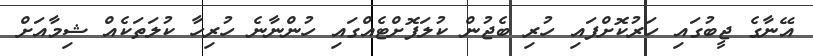
އޭނާގެ ޖީބުގައި ހަރުކޮށްފައި ހުރި ބެޖުން ކުލަފޮށްޓެއްގައި ހުންނާނެ ހުރިހާ ކުލަތަކެއް ޝިމާއަށް